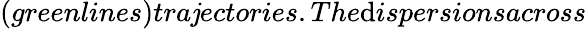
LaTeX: (greenlines)tra\mathit{j}ectories.The\mathrm{d}ispersionsacross